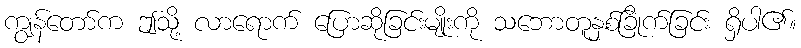
ကျွန်တော်က ဤသို့ လာရောက် ပြောဆိုခြင်းမျိုးကို သဘောတူနှစ်ခြိုက်ခြင်း ရှိပါ၏။